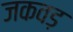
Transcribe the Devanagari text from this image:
जकवड़